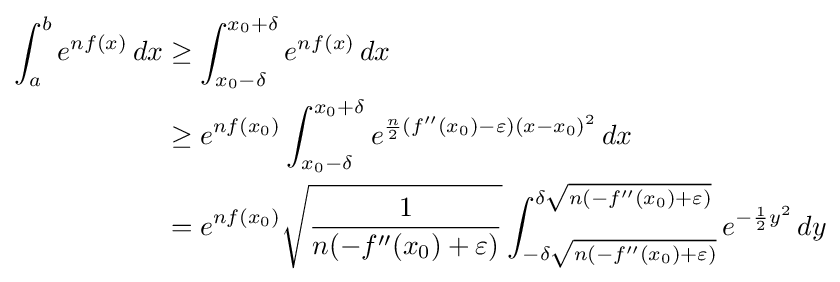
{\begin{aligned}\int _{a}^{b}e^{nf(x)}\,dx&\geq \int _{x_{0}-\delta }^{x_{0}+\delta }e^{nf(x)}\,dx\\&\geq e^{nf(x_{0})}\int _{x_{0}-\delta }^{x_{0}+\delta }e^{{\frac {n}{2}}(f''(x_{0})-\varepsilon )(x-x_{0})^{2}}\,dx\\&=e^{nf(x_{0})}{\sqrt {\frac {1}{n(-f''(x_{0})+\varepsilon )}}}\int _{-\delta {\sqrt {n(-f''(x_{0})+\varepsilon )}}}^{\delta {\sqrt {n(-f''(x_{0})+\varepsilon )}}}e^{-{\frac {1}{2}}y^{2}}\,dy\end{aligned}}